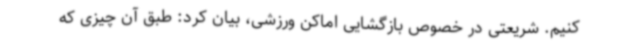
کنیم. شریعتی در خصوص بازگشایی اماکن ورزشی، بیان کرد: طبق آن چیزی که